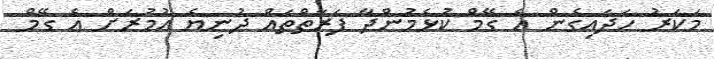
މަކަރު ހަދައިގެން އެ ގޭމް ކުޅެމުންދާ ފަރާތްތައް ދުނިޔެ އުމުރަށް އެ ގޭމް